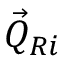
\vec { Q } _ { R i }